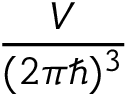
\frac { V } { ( 2 \pi \hbar ) ^ { 3 } }